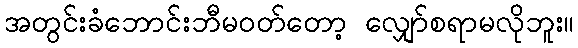
အတွင်းခံဘောင်းဘီမဝတ်တော့ လျှော်စရာမလိုဘူး။